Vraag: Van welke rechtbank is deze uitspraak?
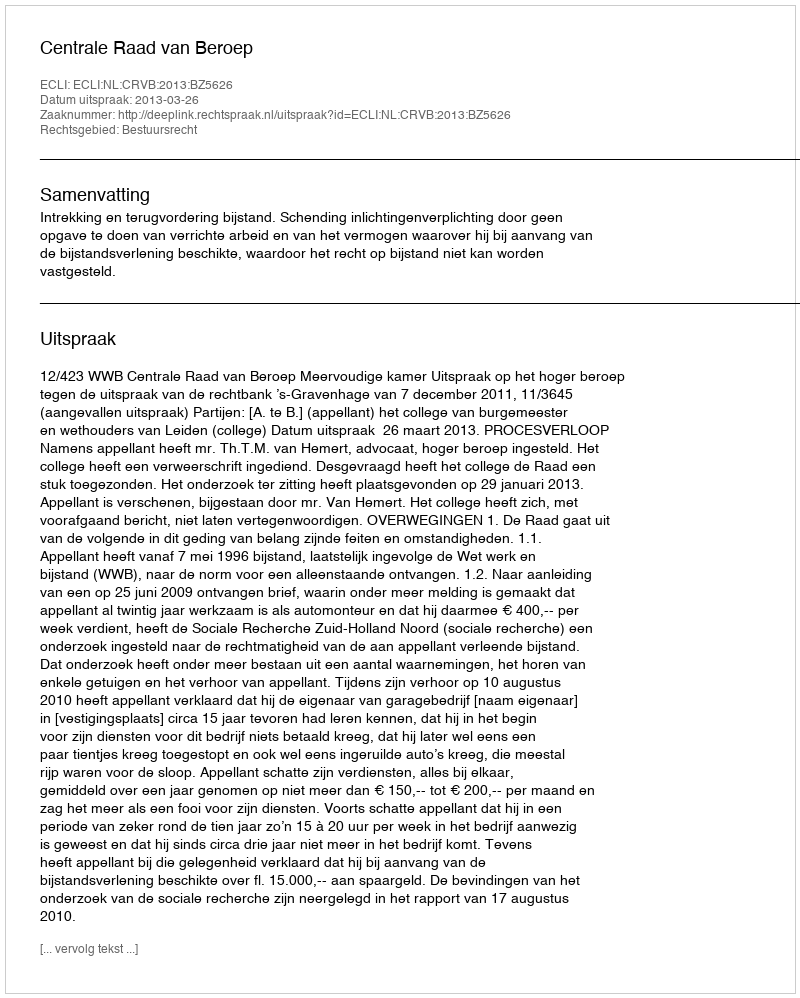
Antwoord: Centrale Raad van Beroep